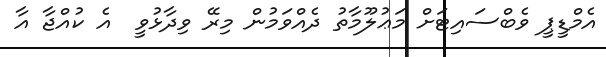
އެމްޑީޕީ ވެބްސައިޓަށް މަޢުލޫމާތު ދެއްވަމުން މިރޭ ވިދާޅުވީ  އެ ކުއްޖާ އާ